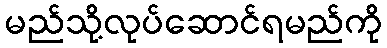
မည်သို့လုပ်ဆောင်ရမည်ကို